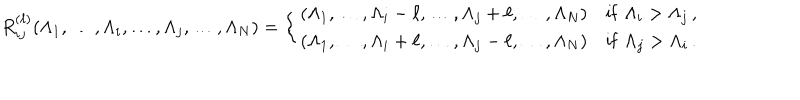
R _ { i j } ^ { ( \ell ) } ( \Lambda _ { 1 } , \dots , \Lambda _ { i } , \dots , \Lambda _ { j } , \dots , \Lambda _ { N } ) = \left\{ \begin{array} { l l } { { ( \Lambda _ { 1 } , \dots , \Lambda _ { i } - \ell , \dots , \Lambda _ { j } + \ell , \dots , \Lambda _ { N } ) } } & { { \mathrm { { i f } } \, \, \Lambda _ { i } > \Lambda _ { j } \, , } } \\ { { ( \Lambda _ { 1 } , \dots , \Lambda _ { i } + \ell , \dots , \Lambda _ { j } - \ell , \dots , \Lambda _ { N } ) } } & { { { \mathrm { i f } } \, \, \Lambda _ { j } > \Lambda _ { i } \, . } } \\ \end{array} \right.